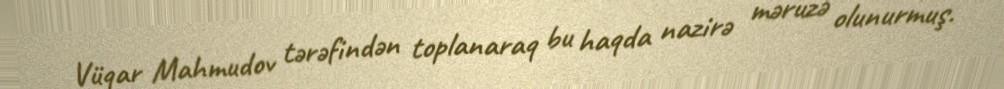
Vüqar Mahmudov tərəfindən toplanaraq bu haqda nazirə məruzə olunurmuş.